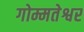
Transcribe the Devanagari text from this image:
गोम्मतेश्वर